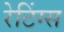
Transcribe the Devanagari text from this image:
रेटिंग्‍स